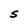
Character: S